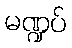
မဏ္ဍပ်